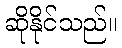
ဆိုနိုင်သည်။